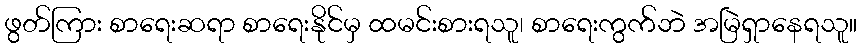
ဖွတ်ကြား စာရေးဆရာ စာရေးနိုင်မှ ထမင်းစားရသူ၊ စာရေးကွက်ဘဲ အမြဲရှာနေရသူ။